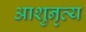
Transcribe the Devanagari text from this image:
आशुनृत्य